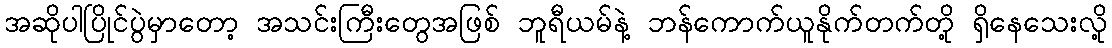
အဆိုပါပြိုင်ပွဲမှာတော့ အသင်းကြီးတွေအဖြစ် ဘူရီယမ်နဲ့ ဘန်ကောက်ယူနိုက်တက်တို့ ရှိနေသေးလို့